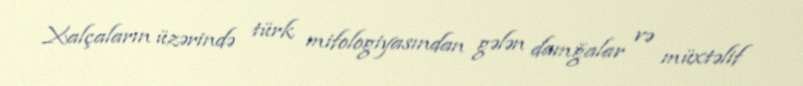
Xalçaların üzərində türk mifologiyasından gələn damğalar və müxtəlif